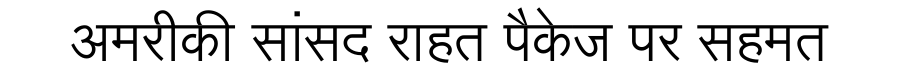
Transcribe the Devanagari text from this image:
अमरीकी सांसद राहत पैकेज पर सहमत